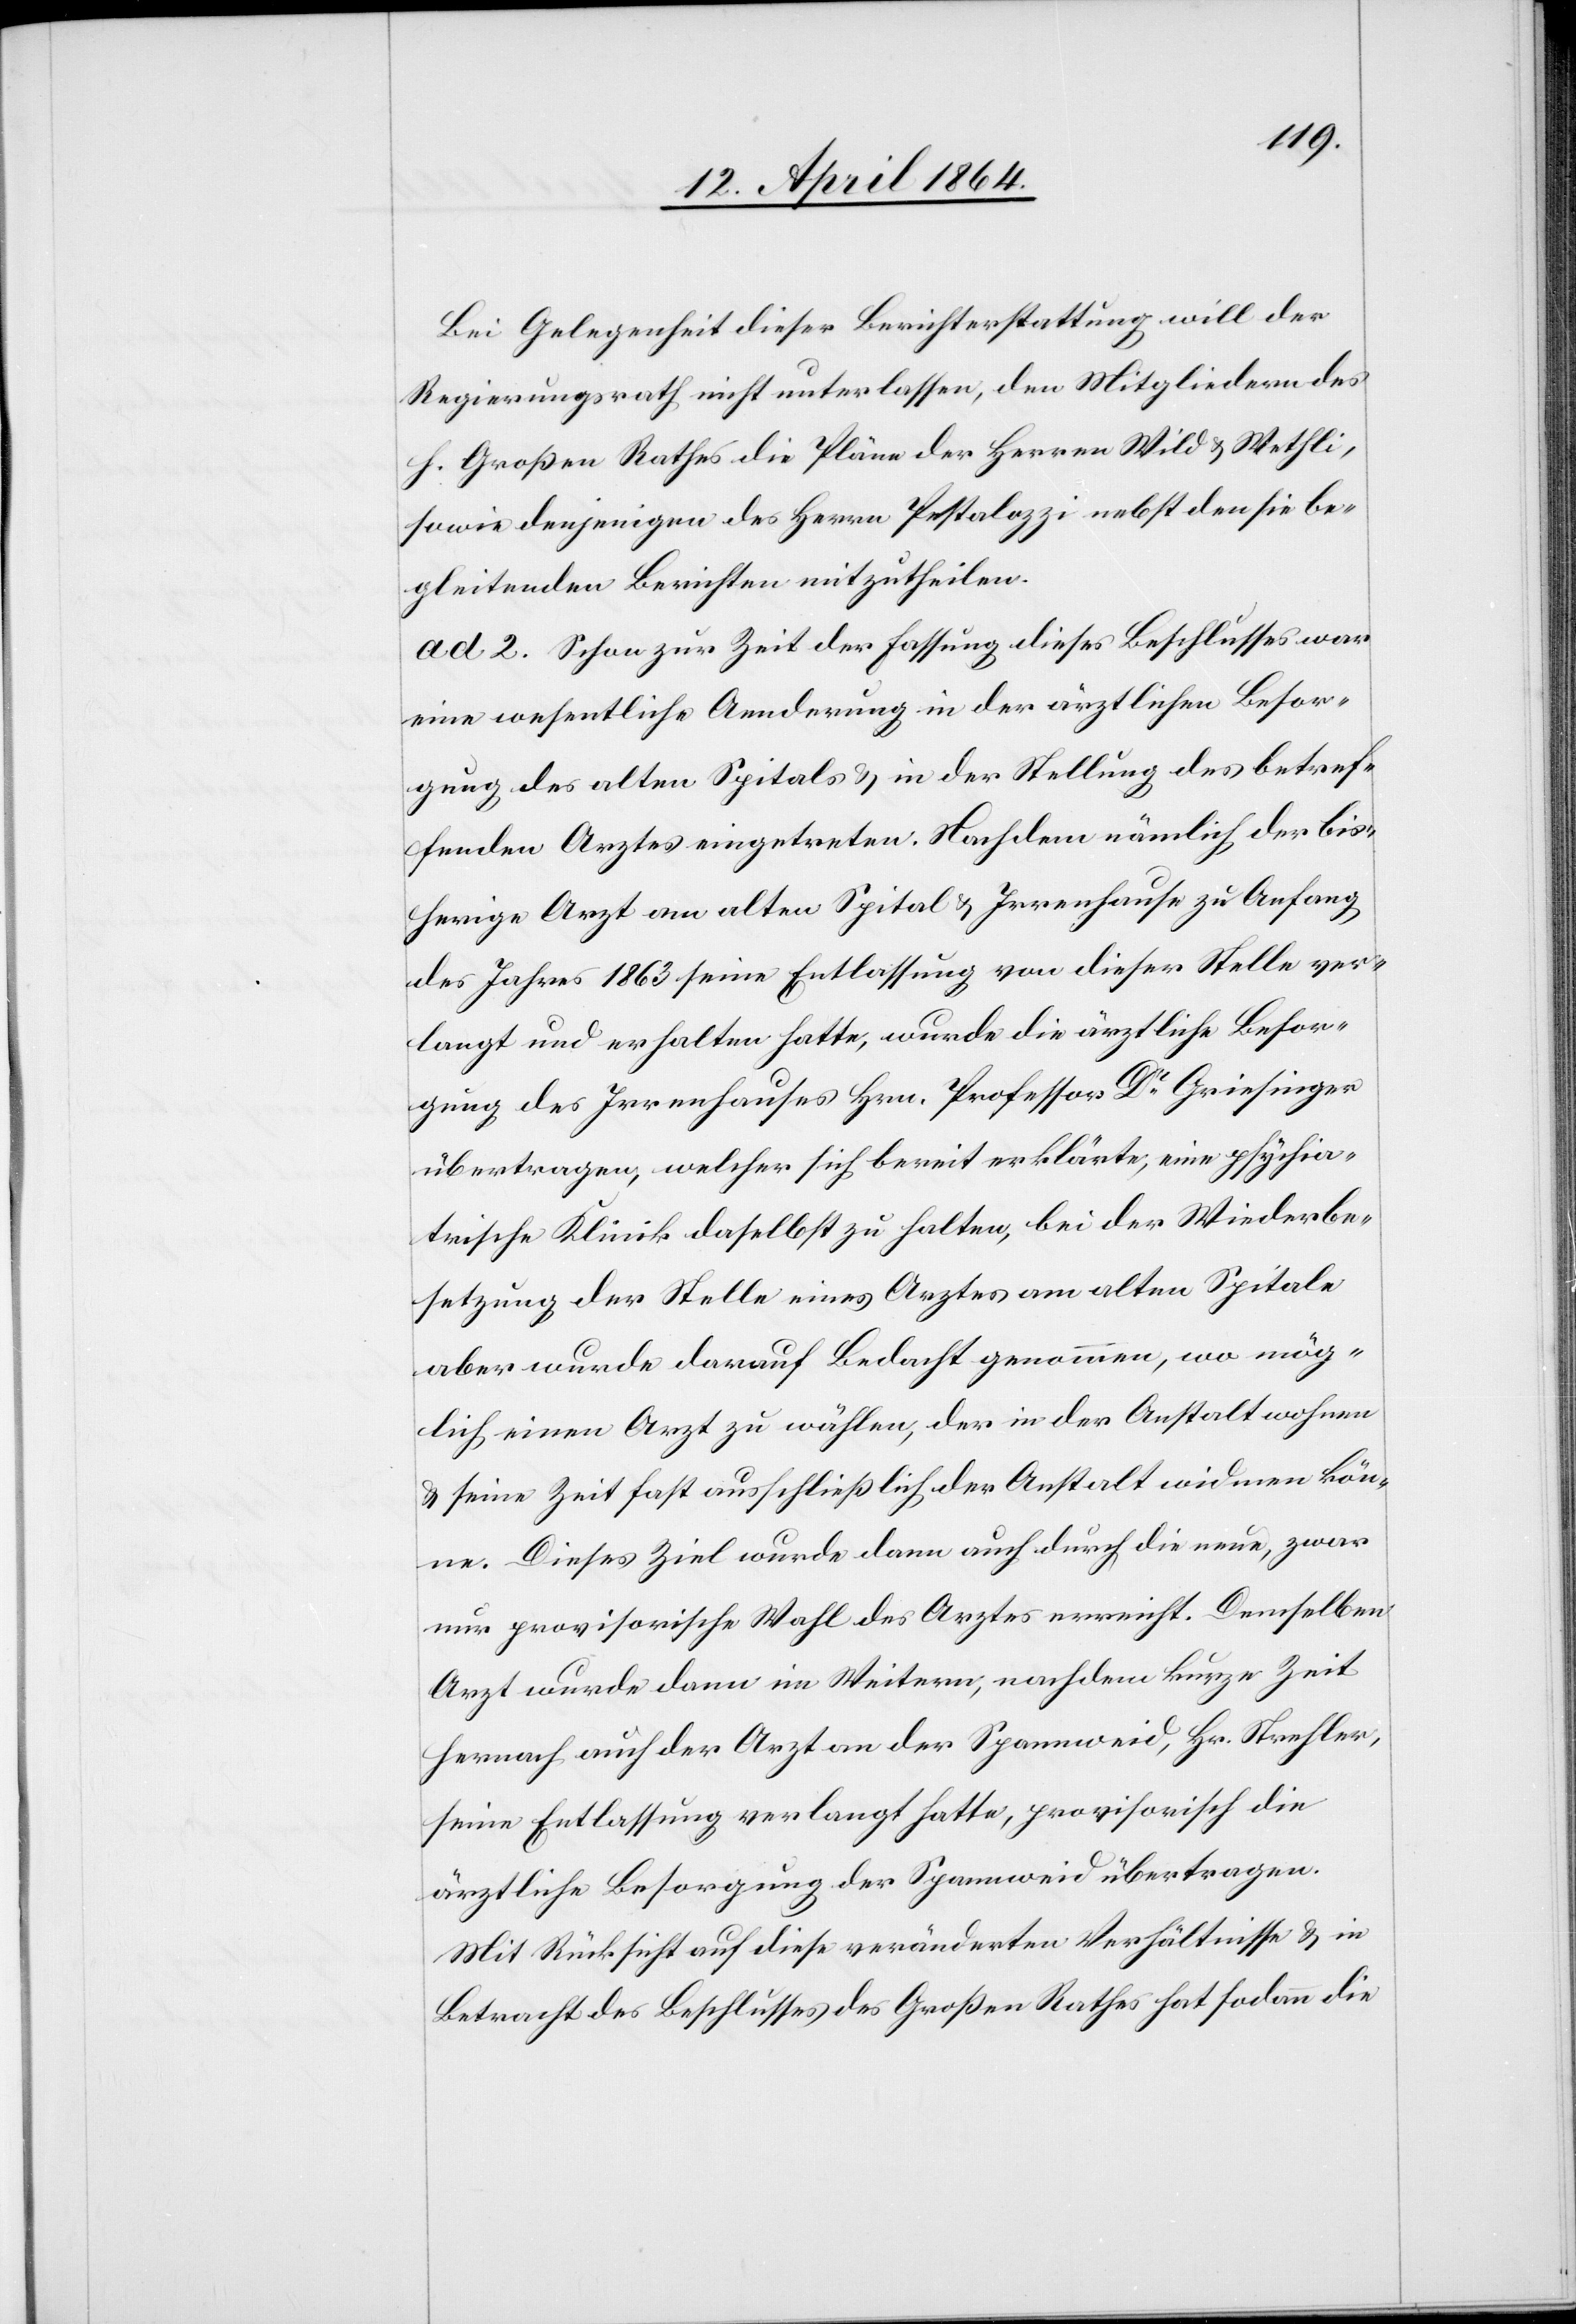
Bei Gelegenheit dieser Berichterstattung will der
Regierungsrath nicht unterlassen, den Mitgliedern des
h. Großen Rathes die Pläne der Herren Wild u. Wethli,
sowie denjenigen des Herrn Pestalozzi nebst den sie be¬
gleitenden Berichten mitzutheilen.
ad 2. Schon zur Zeit der Fassung dieses Beschlusses war
eine wesentliche Aenderung in der ärztlichen Besor¬
gung des alten Spitals u. in der Stellung des betref¬
fenden Arztes eingetreten. Nachdem nämlich der bis¬
herige Arzt am alten Spital u. Irrenhause zu Anfang
des Jahres 1863 seine Entlassung von dieser Stelle ver¬
langt und erhalten hatte, wurde die ärztliche Besor¬
gung des Irrenhauses Hrn. Professor Dr Griesinger
übertragen, welcher sich bereit erklärte, eine psychia¬
trische Klinik daselbst zu halten, bei der Wiederbe¬
setzung der Stelle eines Arztes am alten Spitale
aber wurde darauf Bedacht genommen, wo mög¬
lich einen Arzt zu wählen, der in der Anstalt wohnen
u. seine Zeit fast ausschließlich der Anstalt widmen kön¬
ne. Dieses Ziel wurde dann auch durch die neue, zwar
nur provisorische Wahl des Arztes erreicht. Demselben
Arzt wurde dann im Weitern, nachdem kurze Zeit
hernach auch der Arzt an der Spannweid, Hr. Strehler,
seine Entlassung verlangt hatte, provisorisch die
ärztliche Besorgung der Spannweid übertragen.
Mit Rücksicht auf diese veränderten Verhältnisse u. in
Betracht des Beschlusses des Großen Rathes hat sodann die